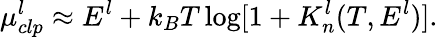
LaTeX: \mu_{clp}^{l}\approx E^{l}+k_{B}T\log[1+K_{n}^{l}(T,E^{l})].